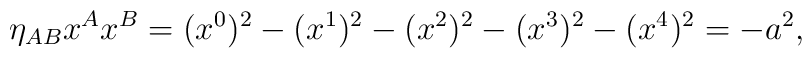
\eta_{AB}x^A x^B =(x^0)^2 -(x^1)^2 -(x^2)^2 -(x^3)^2 -(x^4)^2 = - a^2,